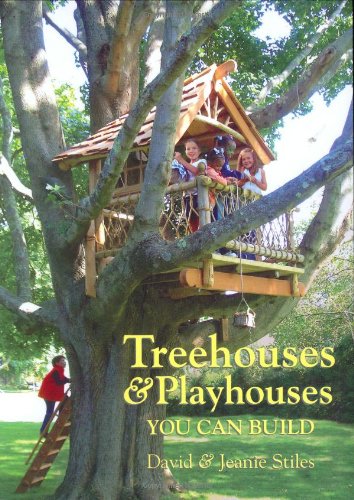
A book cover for Treehouses & Playhouses You Can Build; David Stiles; Crafts, Hobbies & Home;